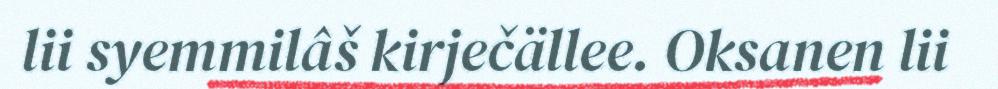
lii syemmilâš kirječällee. Oksanen lii